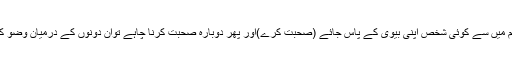
جب تم میں سے کوئی شخص اپنی بیوی کے پاس جائے (صحبت کرے)اور پھر دوبارہ صحبت کرنا چاہے توان دونوں کے درمیان وضو کرے ۔